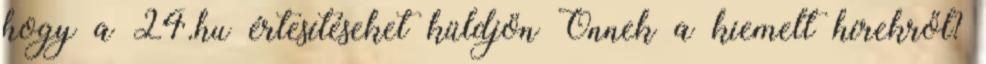
hogy a 24.hu értesítéseket küldjön Önnek a kiemelt hírekről?